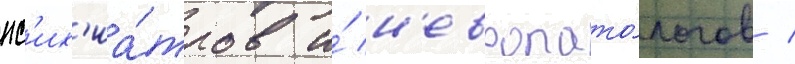
пс'их'иа́тров и́ н'европато́логов /